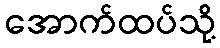
အောက်ထပ်သို့